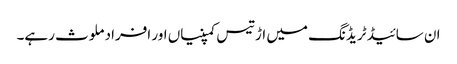
ان سائیڈ ٹریڈنگ میں اڑتیس کمپنیاں اور افراد ملوث رہے۔